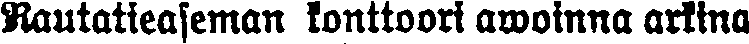
Rautatieaseman konttoori awoinna arkina